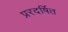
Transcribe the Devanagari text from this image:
प्ररदर्षित